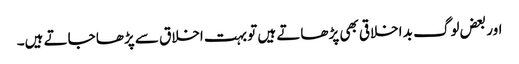
اور بعض لوگ بد اخلاقی بھی پڑھاتے ہیں تو بہت اخلاق سے پڑھا جاتے ہیں۔